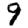
Digit: 9